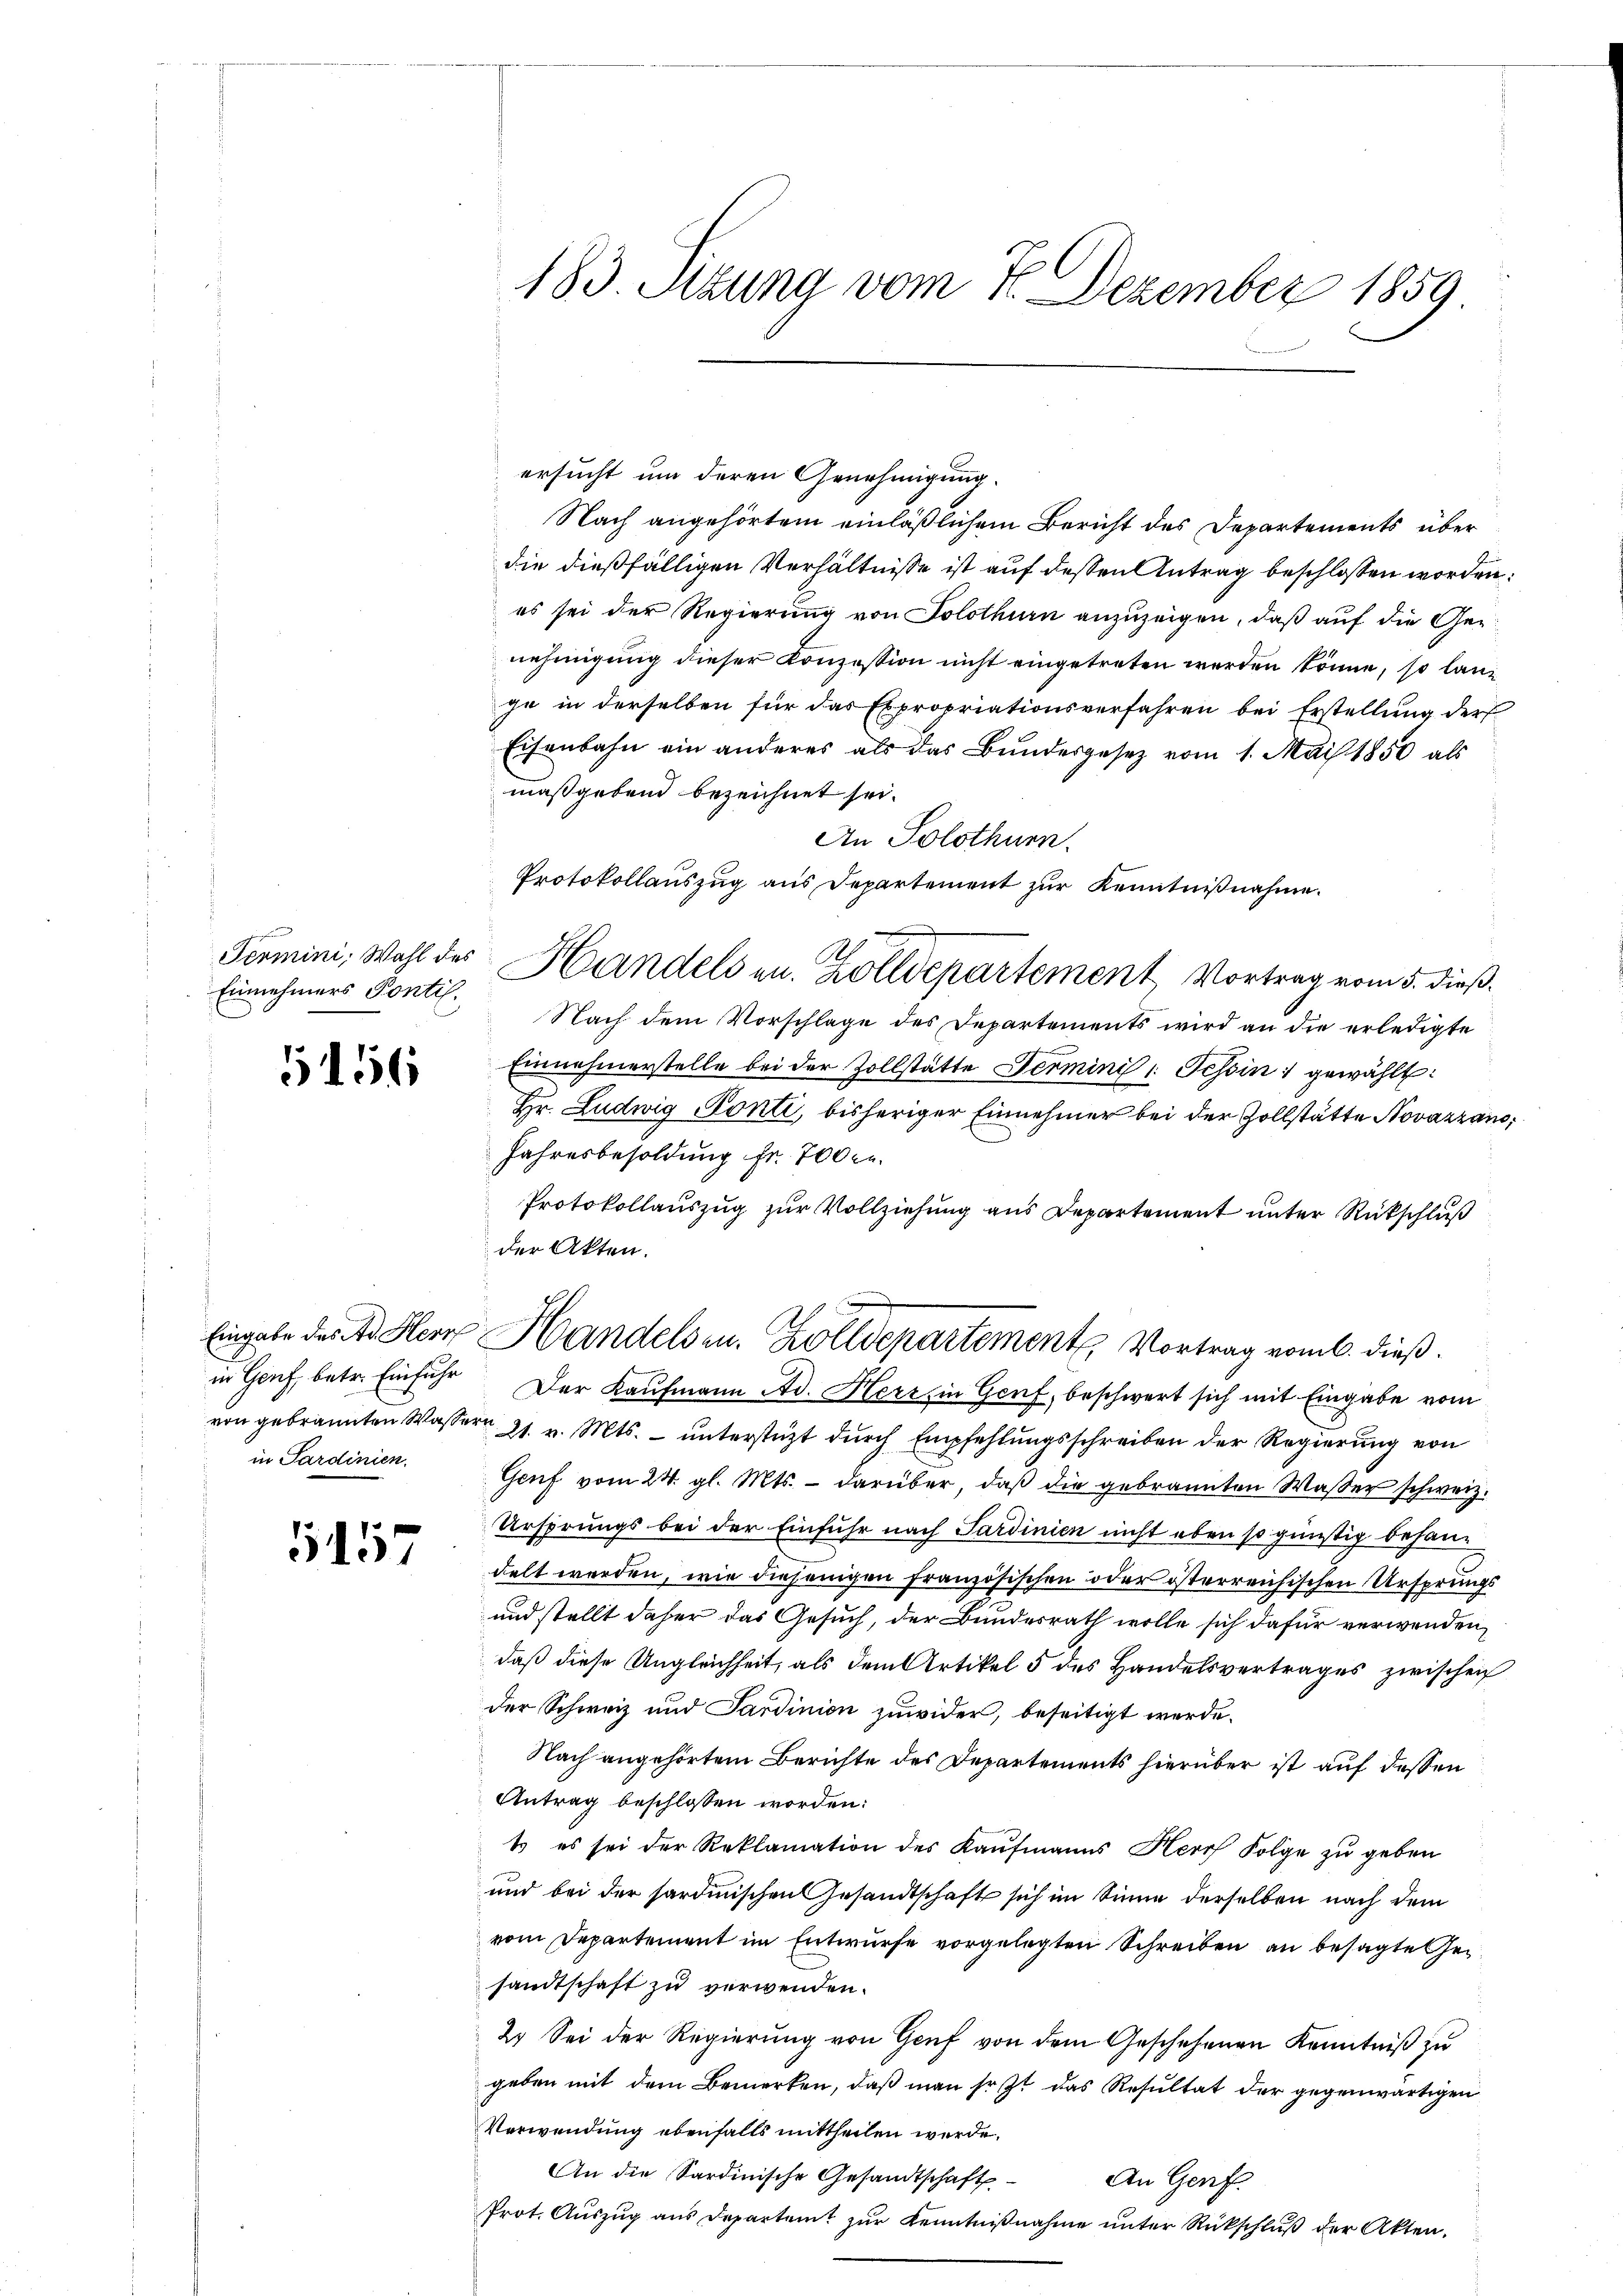
Einnehmers Pontis.

1156

in Sardinien.

1157

ersucht um deren Genehmigung.
Nach angehörtem einläßlichem Bericht des Departements über
die dießfälligen Verhältnisse ist auf dessen Antrag beschlossen worden:
es sei der Regierung von Solothurn anzuzeigen, daß auf die Genehmigung dieser Konzession nicht eingetreten werden könne, so lange in derselben für das Expropriationsverfahren bei Erstellung der
Eisenbahn ein anderes als das Bundesgesetz vom 1. Mai 1850 als
maßgebend bezeichnet sei.
An Solothurn.
Protokollauszug aus Departement zur Kenntnißnahme.
Nach dem Vorschlage des Departements wird an die erledigte
Einnahmerstelle bei der Zollstätte Ferminis 1. Tessin gewählt:
Hr. Ludwig Ponti, bisheriger Einnehmer bei der Zollstätte Novazzano,
Jahresbesoldung fr. 700 c.
Protokollauszug zur Vollziehung aus Departement unter Rückschluß
der Akten.
in Genf, betr. Einfuhr Der Kaufmann Ad. Herz, in Genf, beschwert sich mit Eingabe vom
von gebrannten Wassern 21. v. Mts. unterstüzt durch Empfehlungsschreiben der Regierung von
Genf vom 24. gl. Mts. darüber, daß die gebrannten Wasser schweiz.
Ursprungs bei der Einfuhr nach Sardinien nicht eben so günstig behandelt werden, wie diejenigen Französischen oder österreichischen Ursprungs
und stellt daher das Gesuch, der Bundesrath wolle sich dafür verwenden,
daß diese Ungleichheit, als dem Artikel 5 des Handelsvertrages zwischen
der Schweiz und Pardinion zuwider, beseitigt werde.
Nach angehörtem Berichte des Departements hierüber ist auf dessen
Antrag beschlossen worden:
t es sei der Reklamation des Kaŭfmanns Herr Folge zu geben
und bei der sardinischen Gesandtschaft sich im Sinne derselben nach dem
vom Departement im Entwurfe vorgelegten Schreiben an besagte Gesandtschaft zu verwenden.
2. Sei der Regierung von Genf von dem Geschehenen Kenntniß zu
geben mit dem Bemerken, daß man so zt das Resultat der gegenwärtigen
Verwendung ebenfalls mittheilen werde.
An die Sardinische Gesandtschaft
An Genf.
Prot. Auszug aus Departamt zur Kenntnißnahme unter Rückschluß der Akten.

183. Sitzung vom 4. Dezember 1859

Termini, Wahl des Handels an. Zolldepartement, Vortrag vom 5. dieß.

Eingabe des A. Herr Handelsen. Zolldepartement, Vortrag vom 6. dieß.